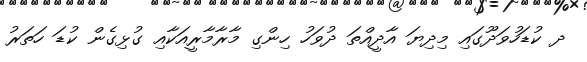
ދ ކުޑަހުވަދޫގައި މިދިޔަ އާދީއްތަ ދުވަހު ހިންގި މާރާމާރީއަކާއި ގުޅިގެން ކުޑަ ހަތަރު